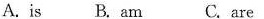
A.is B. am C. are